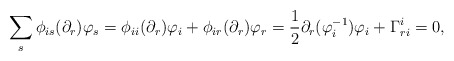
\begin{align*} \sum_s\phi_{is}(\partial_r)\varphi_s&=\phi_{ii}(\partial_r)\varphi_i+\phi_{ir}(\partial_r)\varphi_r=\frac{1}{2}\partial_r(\varphi^{-1}_i)\varphi_i+\Gamma_{ri}^i=0, \end{align*}